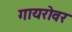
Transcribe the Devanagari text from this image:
गायरोवर